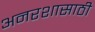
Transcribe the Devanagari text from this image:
अनरशासाठी